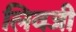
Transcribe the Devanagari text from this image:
लिवजी